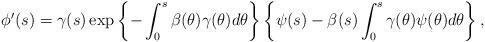
LaTeX: \begin{align*}\phi'(s) =\gamma (s) \exp \left\{-\int_0^s \beta(\theta) \gamma(\theta)d\theta \right\}\left\{\psi(s)-\beta(s)\int_0^s \gamma(\theta) \psi(\theta)d\theta \right\},\end{align*}